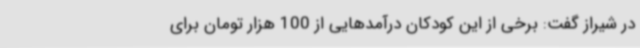
در شیراز گفت: برخی از این کودکان درآمدهایی از 100 هزار تومان برای